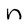
Character: n